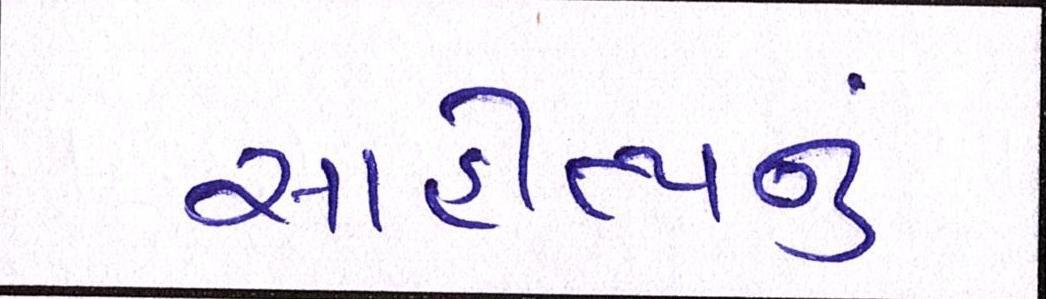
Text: સાહીત્યનું